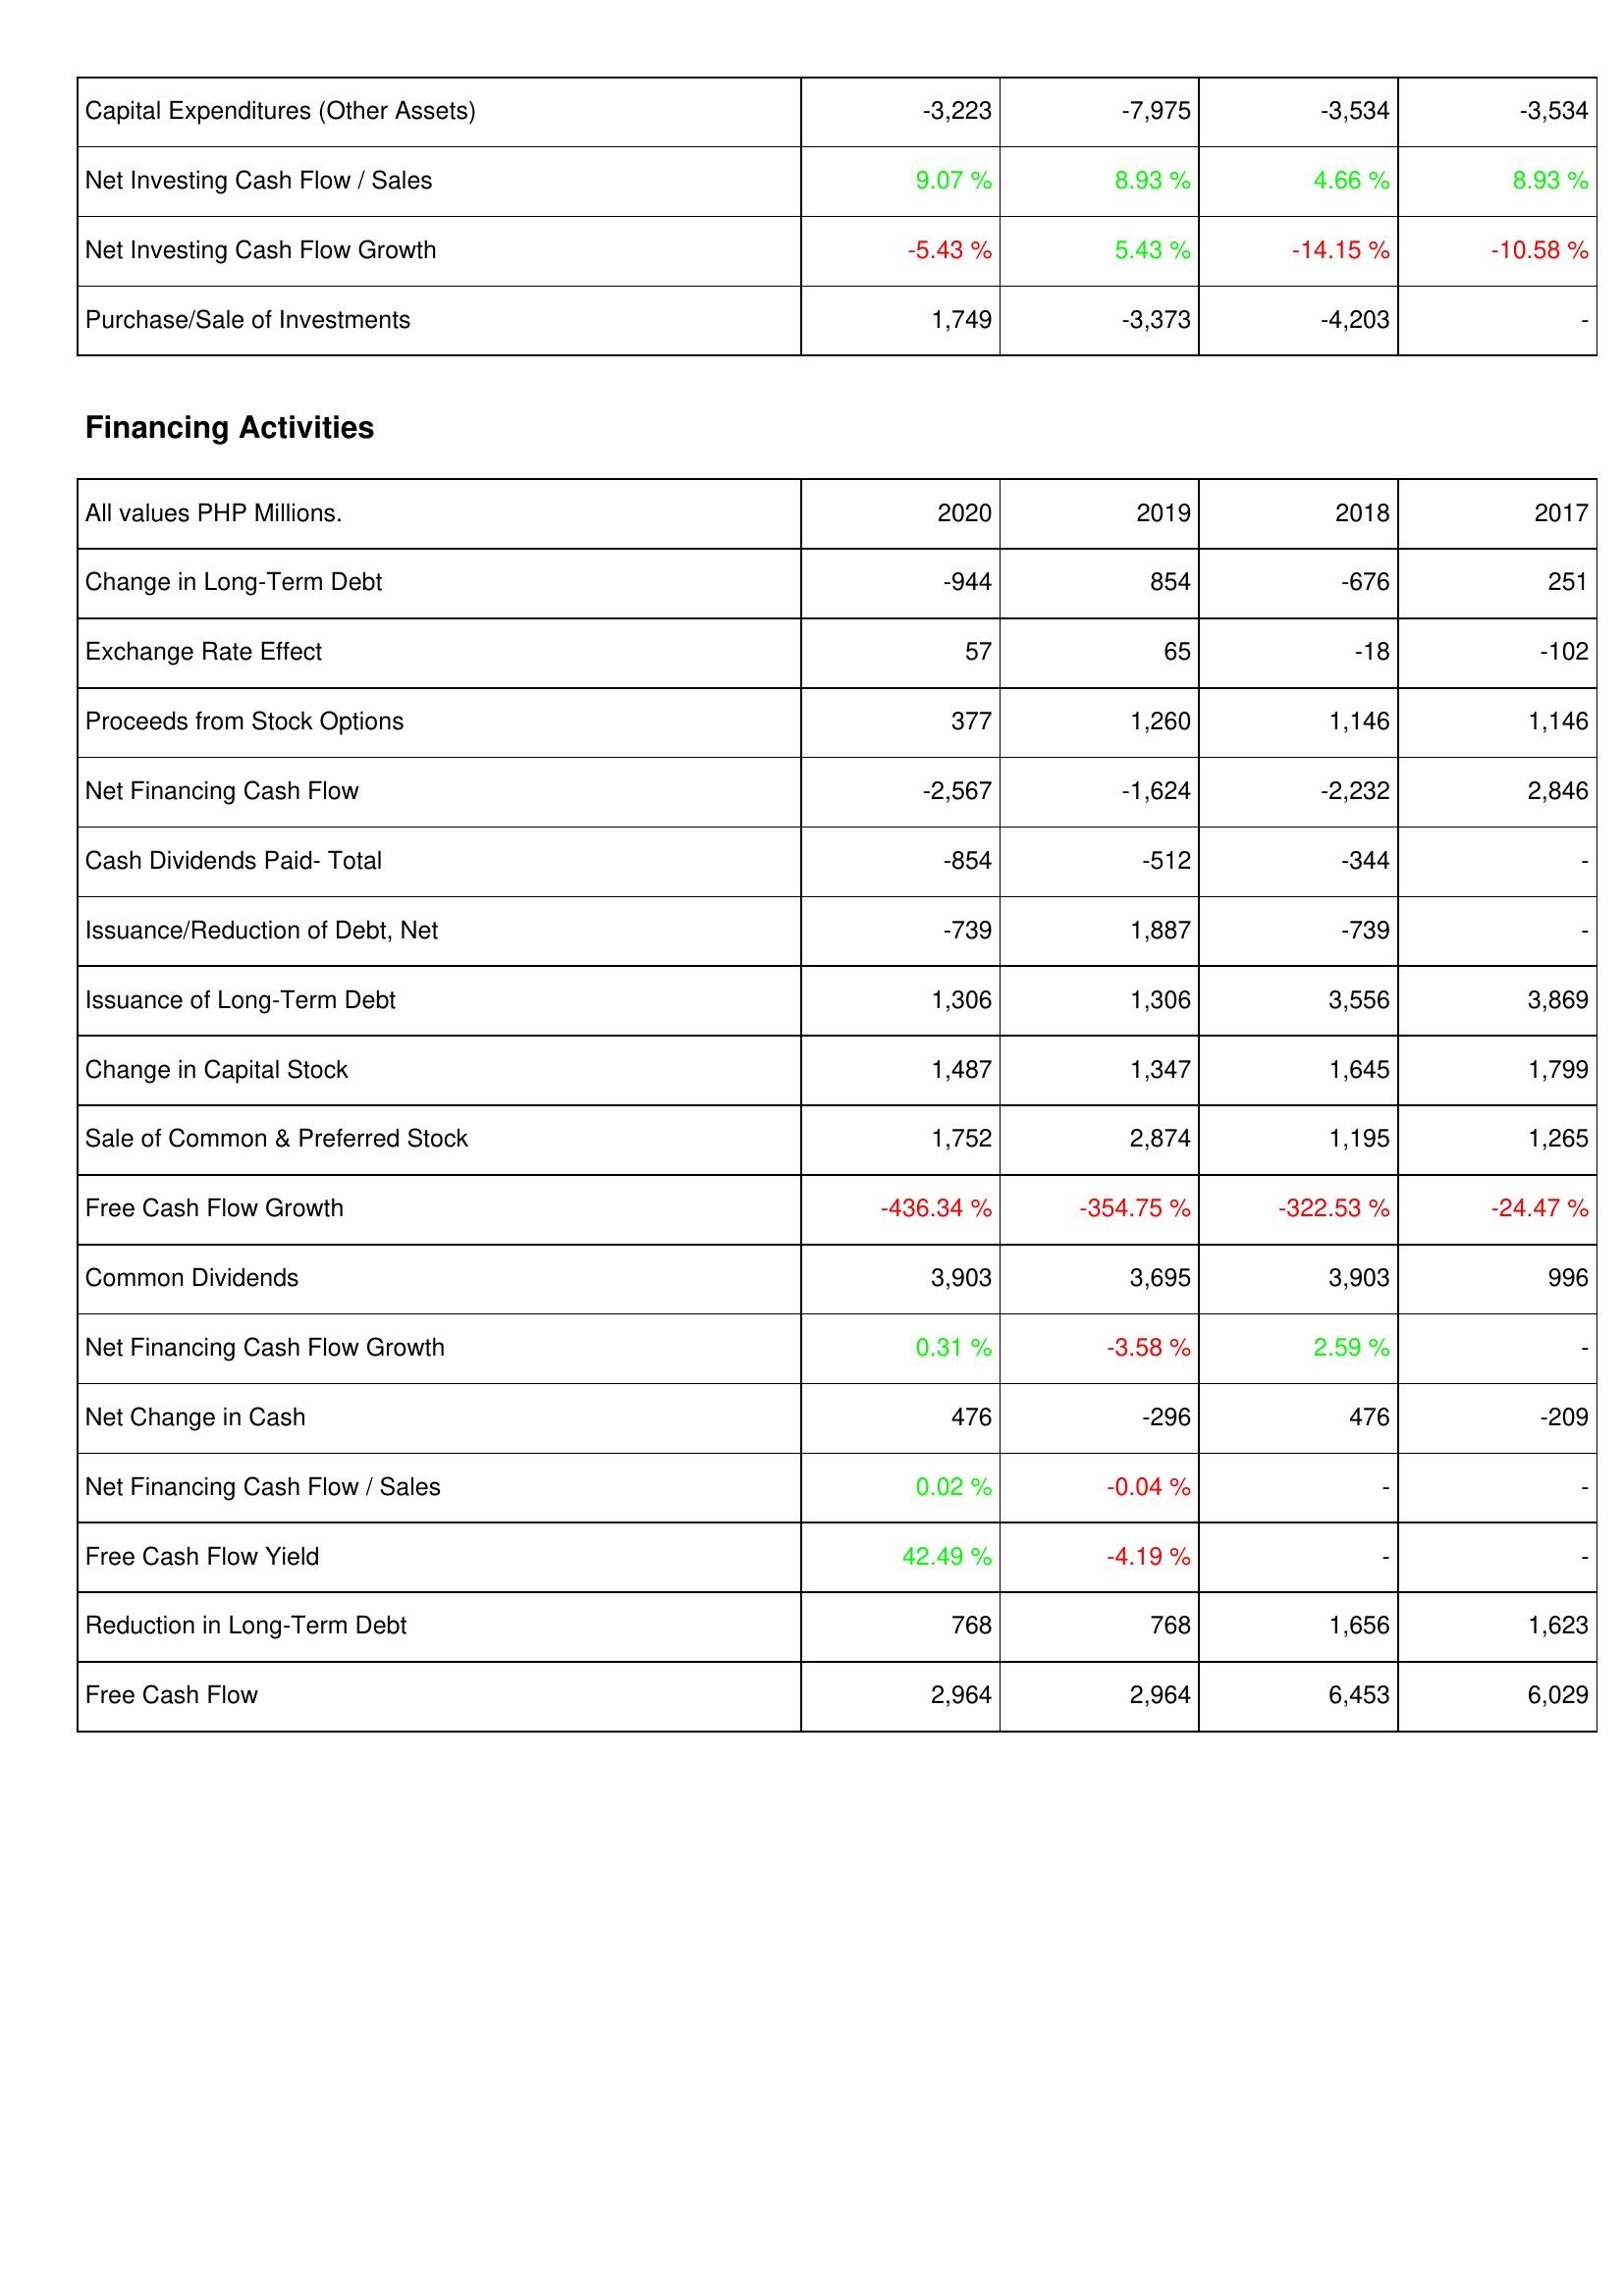
2020: Investing Activities: Capital Expenditures (Other Assets): -3,223
Net Investing Cash Flow / Sales: 9.07 %
Net Investing Cash Flow Growth: -5.43 %
Purchase/Sale of Investments: 1,749
Financing Activities: Change in Long-Term Debt: -944
Exchange Rate Effect: 57
Proceeds from Stock Options: 377
Net Financing Cash Flow: -2,567
Cash Dividends Paid- Total: -854
Issuance/Reduction of Debt, Net: -739
Issuance of Long-Term Debt: 1,306
Change in Capital Stock: 1,487
Sale of Common & Preferred Stock: 1,752
Free Cash Flow Growth: -436.34 %
Common Dividends: 3,903
Net Financing Cash Flow Growth: 0.31 %
Net Change in Cash: 476
Net Financing Cash Flow / Sales: 0.02 %
Free Cash Flow Yield: 42.49 %
Reduction in Long-Term Debt: 768
Free Cash Flow: 2,964
2019: Investing Activities: Capital Expenditures (Other Assets): -7,975
Net Investing Cash Flow / Sales: 8.93 %
Net Investing Cash Flow Growth: 5.43 %
Purchase/Sale of Investments: -3,373
Financing Activities: Change in Long-Term Debt: 854
Exchange Rate Effect: 65
Proceeds from Stock Options: 1,260
Net Financing Cash Flow: -1,624
Cash Dividends Paid- Total: -512
Issuance/Reduction of Debt, Net: 1,887
Issuance of Long-Term Debt: 1,306
Change in Capital Stock: 1,347
Sale of Common & Preferred Stock: 2,874
Free Cash Flow Growth: -354.75 %
Common Dividends: 3,695
Net Financing Cash Flow Growth: -3.58 %
Net Change in Cash: -296
Net Financing Cash Flow / Sales: -0.04 %
Free Cash Flow Yield: -4.19 %
Reduction in Long-Term Debt: 768
Free Cash Flow: 2,964
2018: Investing Activities: Capital Expenditures (Other Assets): -3,534
Net Investing Cash Flow / Sales: 4.66 %
Net Investing Cash Flow Growth: -14.15 %
Purchase/Sale of Investments: -4,203
Financing Activities: Change in Long-Term Debt: -676
Exchange Rate Effect: -18
Proceeds from Stock Options: 1,146
Net Financing Cash Flow: -2,232
Cash Dividends Paid- Total: -344
Issuance/Reduction of Debt, Net: -739
Issuance of Long-Term Debt: 3,556
Change in Capital Stock: 1,645
Sale of Common & Preferred Stock: 1,195
Free Cash Flow Growth: -322.53 %
Common Dividends: 3,903
Net Financing Cash Flow Growth: 2.59 %
Net Change in Cash: 476
Net Financing Cash Flow / Sales: -
Free Cash Flow Yield: -
Reduction in Long-Term Debt: 1,656
Free Cash Flow: 6,453
2017: Investing Activities: Capital Expenditures (Other Assets): -3,534
Net Investing Cash Flow / Sales: 8.93 %
Net Investing Cash Flow Growth: -10.58 %
Purchase/Sale of Investments: -
Financing Activities: Change in Long-Term Debt: 251
Exchange Rate Effect: -102
Proceeds from Stock Options: 1,146
Net Financing Cash Flow: 2,846
Cash Dividends Paid- Total: -
Issuance/Reduction of Debt, Net: -
Issuance of Long-Term Debt: 3,869
Change in Capital Stock: 1,799
Sale of Common & Preferred Stock: 1,265
Free Cash Flow Growth: -24.47 %
Common Dividends: 996
Net Financing Cash Flow Growth: -
Net Change in Cash: -209
Net Financing Cash Flow / Sales: -
Free Cash Flow Yield: -
Reduction in Long-Term Debt: 1,623
Free Cash Flow: 6,029